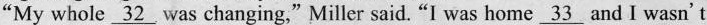
“My whole \underline{32} was changing,"Miller said."I was home \underline{33} and I wasn't